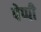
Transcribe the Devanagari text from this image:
पेप्पी